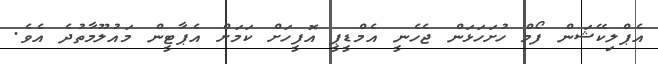
އެޕްލިކޭޝަން ފޯމް ހުށަހަޅަން ޖެހެނީ އެމްޑީޕީ އޮފީހަށް ކަމަށް އެޕާޓީން މައުލޫމާތުދެ އެވެ.